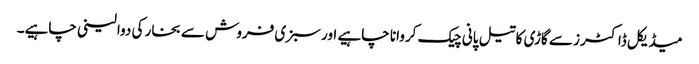
میڈیکل ڈاکٹرز سے گاڑی کا تیل پانی چیک کروانا چاہیے اور سبزی فروش سے بخار کی دوا لینی چاہیے۔